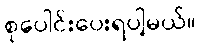
စုပေါင်းပေးရပါ့မယ်။